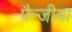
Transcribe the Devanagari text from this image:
पैन्जीया